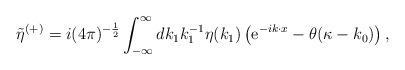
LaTeX: \begin{align*}\tilde{\eta}^{(+)}=i(4\pi )^{-{\frac{1}{2}}}\int_{-{\infty}}^{\infty}dk_{1}k_{1}^{-1}\eta(k_{1})\left( {\rm e}^{-ik\cdot x}-\theta (\kappa -k_{0})\right), \end{align*}